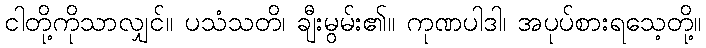
ငါတို့ကိုသာလျှင်။ ပသံသတိ၊ ချီးမွမ်း၏။ ကုဏပါဒါ၊ အပုပ်စားရသေ့တို့။